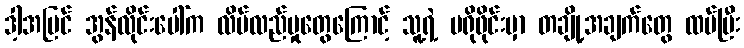
ဒါ့အပြင် အွန်လိုင်းပေါ်က လိမ်လည်မှုတွေကြောင့် သူ့ရဲ့ ပရိုဖိုင်းမှာ တချို့အချက်တွေ ထပ်ပြီး